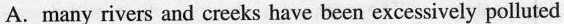
A.many rivers and creeks have been excessively polluted